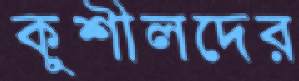
কুশীলদের